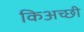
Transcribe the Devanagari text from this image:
किअच्छी